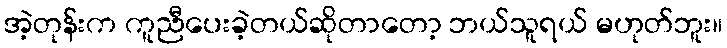
အဲ့တုန်းက ကူညီပေးခဲ့တယ်ဆိုတာတော့ ဘယ်သူရယ် မဟုတ်ဘူး။